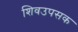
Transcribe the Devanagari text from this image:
शिवउपसक